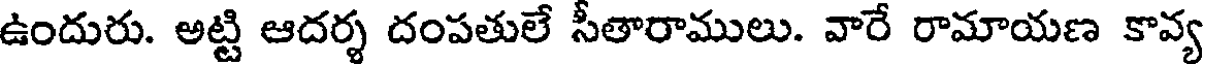
ఉందురు. అట్టి ఆదర్శ దంపతులే సీతారాములు. వారే రామాయణ కావ్య